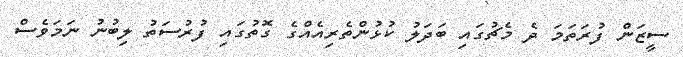
ސީޒަން ފުރަތަމަ ދެ މެޗުގައި ބަދަލު ކުޅުންތެރިއެއްގެ ގޮތުގައި ފުރުސަތު ލިބުނު ނަމަވެސް